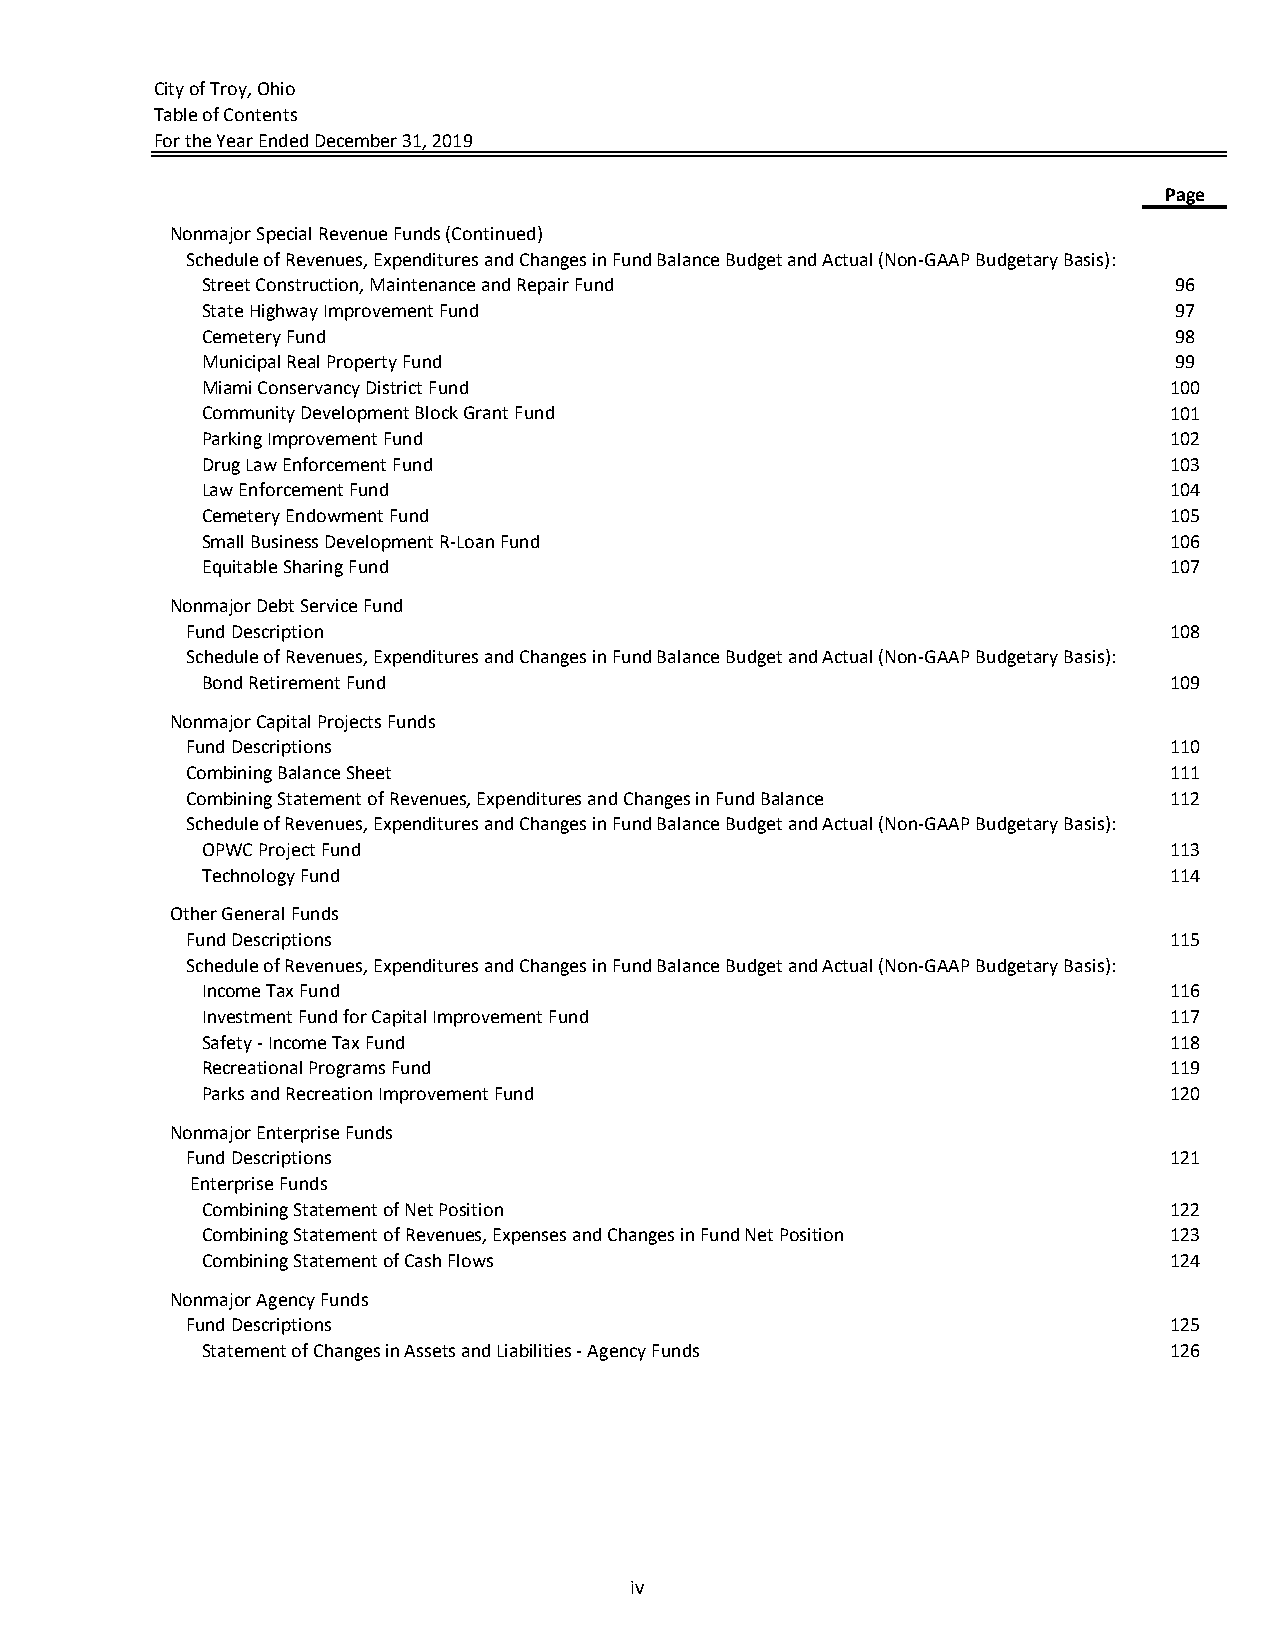
City of Troy, Ohio
 Table of Contents
 For the Year Ended December 31, 2019
 Page
 Nonmajor Special Revenue Funds (Continued)
 Schedule of Revenues, Expenditures and Changes in Fund Balance Budget and Actual (Non‐GAAP Budgetary Basis):
 Street Construction, Maintenance and Repair Fund                 96
 State Highway Improvement Fund                                   97
 Cemetery Fund                                                    98
 Municipal Real Property Fund                                     99
 Miami Conservancy District Fund                                 100
 Community Development Block Grant Fund                          101
 Parking Improvement Fund                                        102
 Drug Law Enforcement Fund                                       103
 Law Enforcement Fund                                            104
 Cemetery Endowment Fund                                         105
 Small Business Development R‐Loan Fund                          106
 Equitable Sharing Fund                                          107
 Nonmajor Debt Service Fund
 Fund Description                                                 108
 Schedule of Revenues, Expenditures and Changes in Fund Balance Budget and Actual (Non‐GAAP Budgetary Basis):
 Bond Retirement Fund                                            109
 Nonmajor Capital Projects Funds
 Fund Descriptions                                                110
 Combining Balance Sheet                                          111
 Combining Statement of Revenues, Expenditures and Changes in Fund Balance 112
 Schedule of Revenues, Expenditures and Changes in Fund Balance Budget and Actual (Non‐GAAP Budgetary Basis):
 OPWC Project Fund                                               113
 Technology Fund                                                 114
 Other General Funds
 Fund Descriptions                                                115
 Schedule of Revenues, Expenditures and Changes in Fund Balance Budget and Actual (Non‐GAAP Budgetary Basis):
 Income Tax Fund                                                 116
 Investment Fund for Capital Improvement Fund                    117
 Safety ‐ Income Tax Fund                                        118
 Recreational Programs Fund                                      119
 Parks and Recreation Improvement Fund                           120
 Nonmajor Enterprise Funds
 Fund Descriptions                                                121
 Enterprise Funds
 Combining Statement of Net Position                             122
 Combining Statement of Revenues, Expenses and Changes in Fund Net Position 123
 Combining Statement of Cash Flows                               124
 Nonmajor Agency Funds
 Fund Descriptions                                                125
 Statement of Changes in Assets and Liabilities ‐ Agency Funds   126
 iv